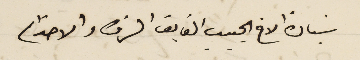
سَيادة الاخ الحبيب الفايق الشرف والاحترام